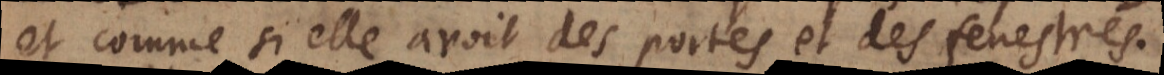
et comme si elle avoit des portes et des fenestres.